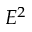
E ^ { 2 }